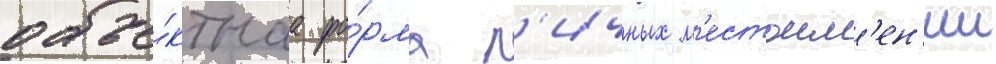
объе́ктнаа фо́рма л'ичных м'естоим'ен'ии